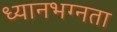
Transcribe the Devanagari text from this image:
ध्यानभग्नता